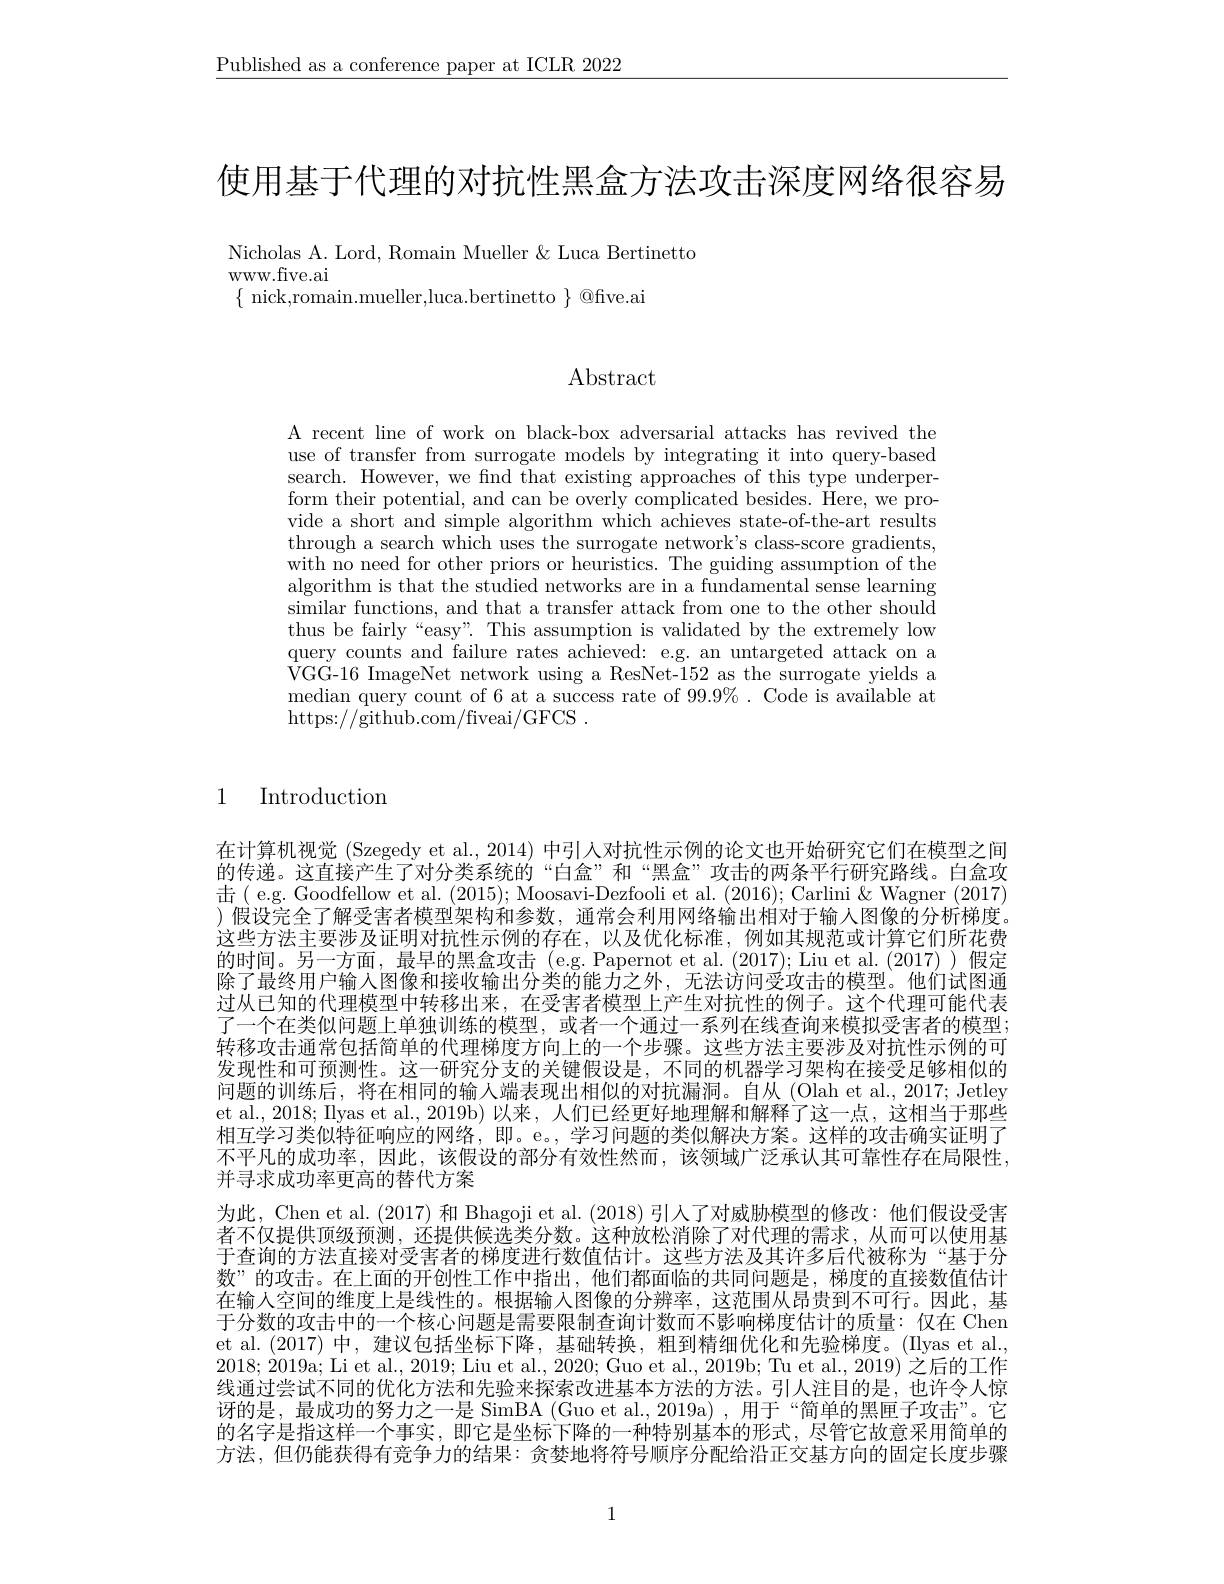
$\underline{\text{Published as a conference paper at ICLR 2022}}$

使用基于代理的对抗性黑盒方法攻击深度网络很容易

Nicholas A. Lord, Romain Mueller & Luca Bertinetto
WWW. five. ai
$\{$ nick,romain.mueller,luca.bertinetto $\}$ @fve.ai

$\operatorname{Abstract}$

A recent line of work on black-box adversarial attacks has revived the use of transfer from surrogate models by integrating it into query-based search. However, we find that existing approaches of this type underperform their potential, and can be overly complicated besides. Here, we provide a short and simple algorithm which achieves state-of-the-art results through a search which uses the surrogate network's class-score gradients, with no need for other priors or heuristics. The guiding assumption of the algorithm is that the studied networks are in a fundamental sense learning similar functions, and that a transfer attack from one to the other should thus be fairly“easy”. This assumption is validated by the extremely low query counts and failure rates achieved: e.g. an untargeted attack on a VGG-16 ImageNet network using a ResNet-152 as the surrogate yields a median query count of 6 at a success rate of $99.9\%.$ Code is available at https:$//\tilde{\text{github.com/fiveai/GFCS}}.$

## 1 Introduction

在计算机视觉 (Szegedy et al., 2014) 中引入对抗性示例的论文也开始研究它们在模型之间的传递。这直接产生了对分类系统的“白盒”和“黑盒”攻击的两条平行研究路线。白盒攻击( e.g. Goodfellow et al. (2015); Moosavi-Dezfooli et al. (2016); Carlini & Wagner (2017) )假设完全了解受害者模型架构和参数，通常会利用网络输出相对于输人图像的分析梯度。这些方法主要涉及证明对抗性示例的存在，以及优化标准，例如其规范或计算它们所花费的时间。另一方面，最早的黑盒攻击 (e.g.Papernot et al.(2017); Liu et al.(2017))假定除了最终用户输入图像和接收输出分类的能力之外，无法访问受攻击的模型。他们试图通过从已知的代理模型中转移出来，在受害者模型上产生对抗性的例子。这个代理可能代表了一个在类似问题上单独训练的模型，或者一个通过一系列在线查询来模拟受害者的模型； 转移攻击通常包括简单的代理梯度方向上的一个步骤。这些方法主要涉及对抗性示例的可发现性和可预测性。这一研究分支的关键假设是，不同的机器学习架构在接受足够相似的问题的训练后，将在相同的输入端表现出相似的对抗漏洞。自从(Olah et al.,2017; Jetley et al., 2018; Ilyas et al., 2019b) 以来，人们已经更好地理解和解释了这一点，这相当于那些相互学习类似特征响应的网络，即。e。,学习问题的类似解决方案。这样的攻击确实证明了不平凡的成功率，因此，该假设的部分有效性然而，该领域广泛承认其可靠性存在局限性， 并寻求成功率更高的替代方案
为此，Chen et al. (2017) 和 Bhagoji et al. (2018) 引人了对威胁模型的修改：他们假设受害者不仅提供顶级预测，还提供候选类分数。这种放松消除了对代理的需求，从而可以使用基于查询的方法直接对受害者的梯度进行数值估计。这些方法及其许多后代被称为“基于分数”的攻击。在上面的开创性工作中指出，他们都面临的共同问题是，梯度的直接数值估计在输入空间的维度上是线性的。根据输入图像的分辨率，这范围从昂贵到不可行。因此，基于分数的攻击中的一个核心问题是需要限制查询计数而不影响梯度估计的质量：仅在 Chen et al. (2017)中，建议包括坐标下降，基础转换，粗到精细优化和先验梯度。(Ilyas et al., 2018; 2019a; Li et al., 2019; Liu et al., 2020; Guo et al., 2019b; Tu et al., 2019) 之后的工作线通过尝试不同的优化方法和先验来探索改进基本方法的方法。引人注目的是，也许令人惊讶的是，最成功的努力之一是 SimBA (Guo et al.,2019a) ,用于“简单的黑匣子攻击”。它的名字是指这样一个事实，即它是坐标下降的一种特别基本的形式，尽管它故意采用简单的方法，但仍能获得有竞争力的结果：贪婪地将符号顺序分配给沿正交基方向的固定长度步骤

1